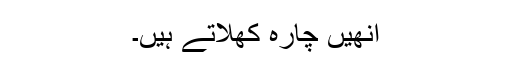
انھیں چارہ کھلاتے ہیں۔